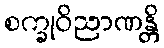
စက္ခုဝိညာဏန္တိ